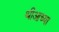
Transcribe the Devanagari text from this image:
थीआच्या